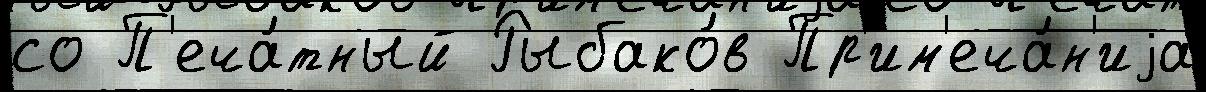
со П'еча́тный Рыбако́в Пр'им'еча́н'иjа